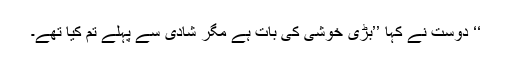
‘‘ دوست نے کہا ’’بڑی خوشی کی بات ہے مگر شادی سے پہلے تم کیا تھے۔